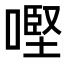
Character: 𠼤